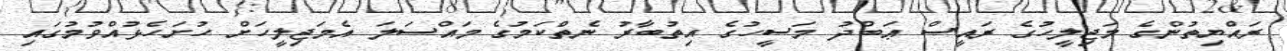
ރައްޔިތުންގެ މަޖިލީހުގެ ރައީސް ޢަބްދު މަސީހުގެ އިތުބާރު ނެތްކަމުގެ މައްސަލަ އެމަޖިލީހަށް ހުށަހެޅުއްވުމުގައި